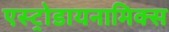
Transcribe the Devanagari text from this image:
एस्ट्रोडायनामिक्स